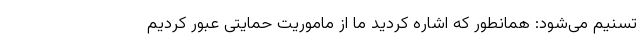
تسنیم می‌شود: همانطور که اشاره کردید ما از ماموریت حمایتی عبور کردیم